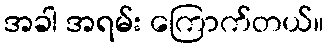
အခါ အရမ်း ကြောက်တယ်။